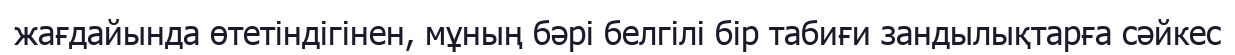
жағдайында өтетіндігінен, мұның бәрі белгілі бір табиғи зандылықтарға сәйкес